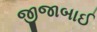
જીજાબાઈ